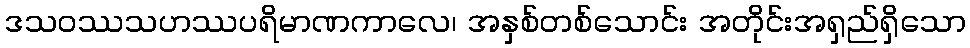
ဒသဝဿသဟဿပရိမာဏကာလေ၊ အနှစ်တစ်သောင်း အတိုင်းအရှည်ရှိသော